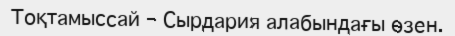
Тоқтамыссай – Сырдария алабындағы өзен.